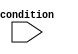
module conditional_example(
    input wire condition
);

initial begin
    if(condition) begin
        $display("Condition is true");
    end else begin
        $display("Condition is false");
    end
end

endmodule